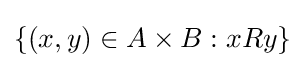
\left\{\left(x,y\right)\in A\times B:xRy\right\}